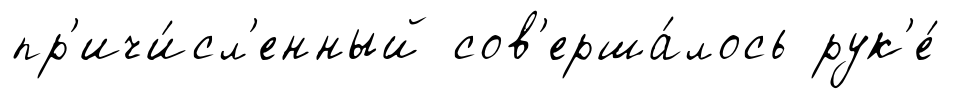
пр'ичи́сл'енный сов'ерша́лось рук'е́